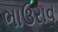
ભાઉરાવ